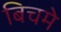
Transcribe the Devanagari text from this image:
बिचमे